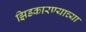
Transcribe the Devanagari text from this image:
झिडकारण्याच्या